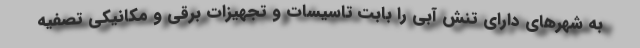
به شهرهای دارای تنش آبی را بابت تاسیسات و تجهیزات برقی و مکانیکی تصفیه